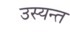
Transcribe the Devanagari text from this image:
उस्यन्त